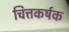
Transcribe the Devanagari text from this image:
चित्तकर्षक